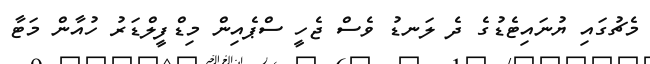
މެޗުގައި ޔުނައިޓެޑުގެ ދެ ލަނޑު ވެސް ޖެހީ ސްޕެއިން މިޑްފީލްޑަރު ހުއާން މަޓާ